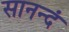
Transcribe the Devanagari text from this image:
सानन्दं